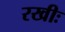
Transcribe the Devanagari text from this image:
रखीः